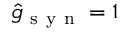
\hat { g } _ { \mathrm { ~ s ~ y ~ n ~ } } = 1